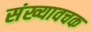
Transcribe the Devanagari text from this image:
संख्यावचक